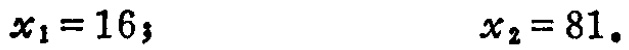
\(x_{1}=16;\ \ \ \ \ \ \ \ \ \ \ \ \ \ \ \ \ \ x_{2}=81.\)